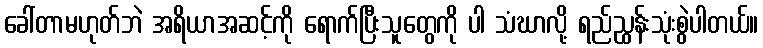
ခေါ်တာမဟုတ်ဘဲ အရိယာအဆင့်ကို ရောက်ပြီးသူတွေကို ပါ သံဃာလို့ ရည်ညွှန်းသုံးစွဲပါတယ်။